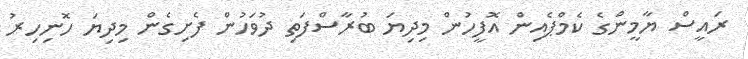
ރައީސް ޔާމީންގެ ކެމްޕެއިން އޮފީހުން މިދިޔަ ބުރާސްފަތި ދުވަހުން ފެށިގެން މިދިޔަ ހޮނިހިރު